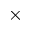
\times